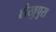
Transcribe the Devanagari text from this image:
शैखुपुरा